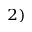
^ { 2 ) }